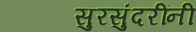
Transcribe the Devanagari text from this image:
सुरसुंदरींनी